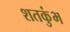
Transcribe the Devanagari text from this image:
शतकुंभ